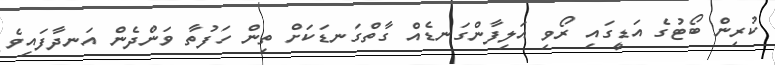
ކުރިން ބޯޓުގެ އަޑީގައި ރޯވި އަލިފާންގަނޑެއް ގާތްގަނޑަކަށް ތިން ހަފުތާ ވަންދެން އަނދާފައިވެ